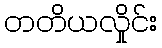
တတိယလှိုင်း